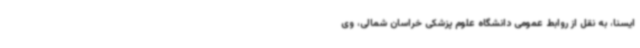
ایسنا، به نقل از روابط عمومی دانشگاه علوم پزشکی خراسان شمالی، وی